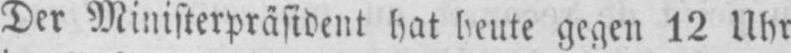
Der Ministerpräsident hat heute gegen 12 Uhr